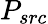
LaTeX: P_{src}